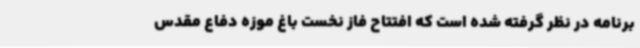
برنامه در نظر گرفته شده است که افتتاح فاز نخست باغ موزه دفاع مقدس